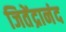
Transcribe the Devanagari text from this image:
जितेंद्रानंद